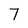
Character: 7